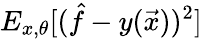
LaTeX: E_{x,\theta}[(\hat{f}-y(\vec{x}))^{2}]